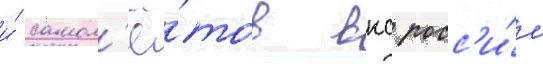
и́ самол'ё́тов вкс росс'и́и